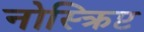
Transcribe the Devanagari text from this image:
नोस्क्रिप्ट